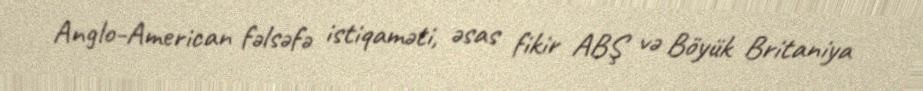
Anglo-American fəlsəfə istiqaməti, əsas fikir ABŞ və Böyük Britaniya